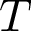
T